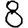
Digit: 8